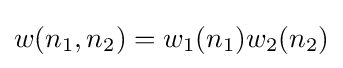
w(n_{1},n_{2})=w_{1}(n_{1})w_{2}(n_{2})